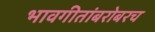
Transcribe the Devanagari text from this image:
भावगीतांबरोबरच